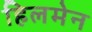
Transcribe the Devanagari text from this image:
हिलमेन